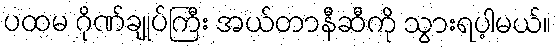
ပထမ ဂိုဏ်ချုပ်ကြီး အယ်တာနီဆီကို သွားရပ့ါမယ်။